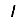
Digit: 1